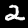
Label: 2